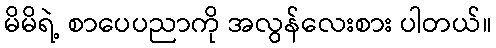
မိမိရဲ့ စာပေပညာကို အလွန်လေးစား ပါတယ်။